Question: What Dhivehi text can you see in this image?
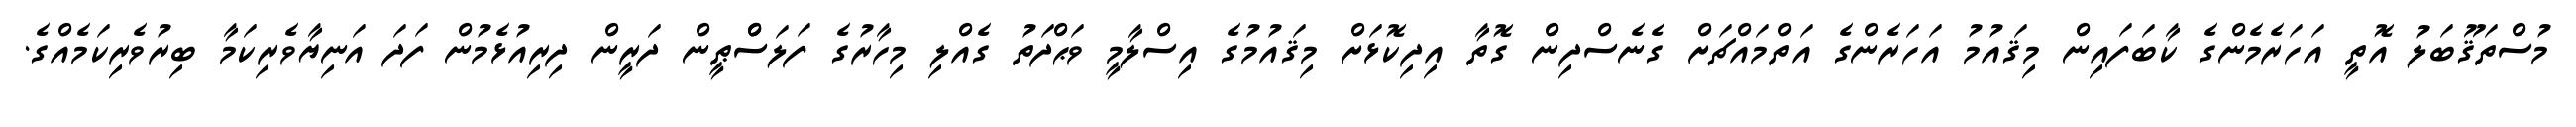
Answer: މުސްތަޤޫބަލު އޮތީ އަހަރެމެންގެ ކާބަފައިން މިޤައުމު އަހަރެންގެ އަތްމައްޗަށް ގެނެސްދިން ގޮތާ އިދިކޮޅަށް މިޤައުމުގެ އިސްލާމީ ވަޙްދަތު ގެއްލި މިހާރުގެ ފަލަސްްޠީން ދަރީން ދިރިއުޅެމުން ފަދަ އަނިޔާވެރިކަމާ ބިރުވެރިކަމެއްގެ.